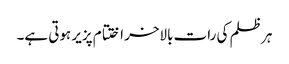
ہر ظلم کی رات بالاخر اختتام پزیر ہوتی ہے۔